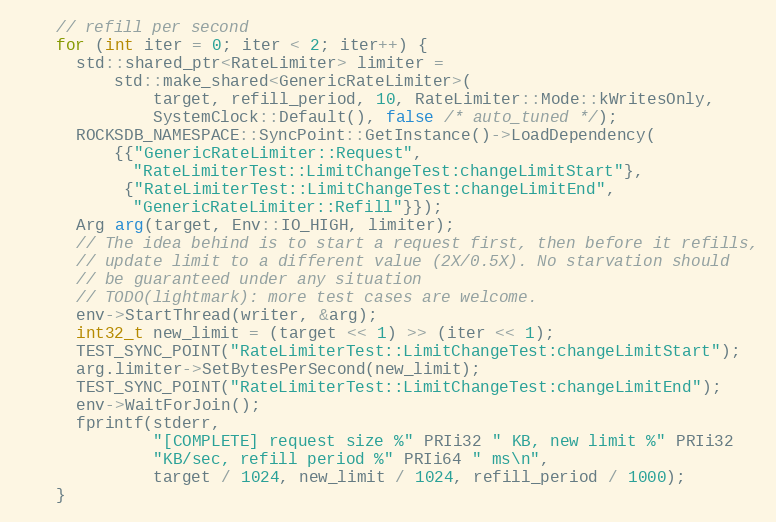
Language: C++
    // refill per second
    for (int iter = 0; iter < 2; iter++) {
      std::shared_ptr<RateLimiter> limiter =
          std::make_shared<GenericRateLimiter>(
              target, refill_period, 10, RateLimiter::Mode::kWritesOnly,
              SystemClock::Default(), false /* auto_tuned */);
      ROCKSDB_NAMESPACE::SyncPoint::GetInstance()->LoadDependency(
          {{"GenericRateLimiter::Request",
            "RateLimiterTest::LimitChangeTest:changeLimitStart"},
           {"RateLimiterTest::LimitChangeTest:changeLimitEnd",
            "GenericRateLimiter::Refill"}});
      Arg arg(target, Env::IO_HIGH, limiter);
      // The idea behind is to start a request first, then before it refills,
      // update limit to a different value (2X/0.5X). No starvation should
      // be guaranteed under any situation
      // TODO(lightmark): more test cases are welcome.
      env->StartThread(writer, &arg);
      int32_t new_limit = (target << 1) >> (iter << 1);
      TEST_SYNC_POINT("RateLimiterTest::LimitChangeTest:changeLimitStart");
      arg.limiter->SetBytesPerSecond(new_limit);
      TEST_SYNC_POINT("RateLimiterTest::LimitChangeTest:changeLimitEnd");
      env->WaitForJoin();
      fprintf(stderr,
              "[COMPLETE] request size %" PRIi32 " KB, new limit %" PRIi32
              "KB/sec, refill period %" PRIi64 " ms\n",
              target / 1024, new_limit / 1024, refill_period / 1000);
    }